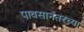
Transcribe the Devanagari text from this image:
पावसानंतरच्या